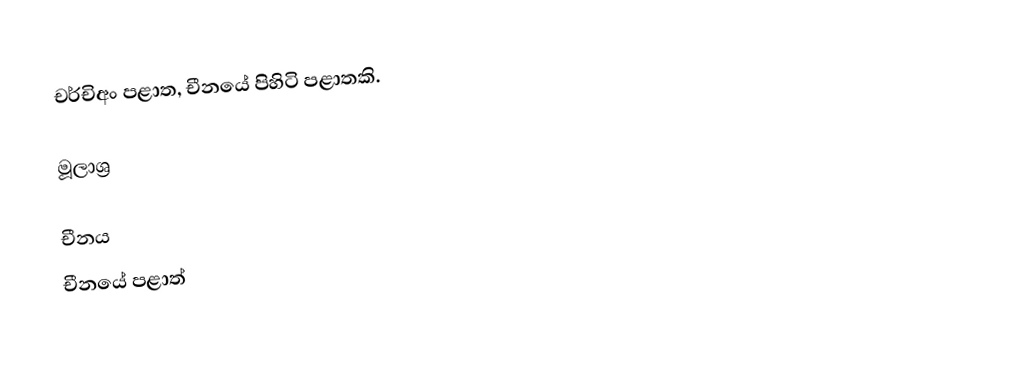
චර්චිඅං පළාත, චීනයේ පිහිටි පළාතකි.

මූලාශ්‍ර

චීනය
චීනයේ පළාත්